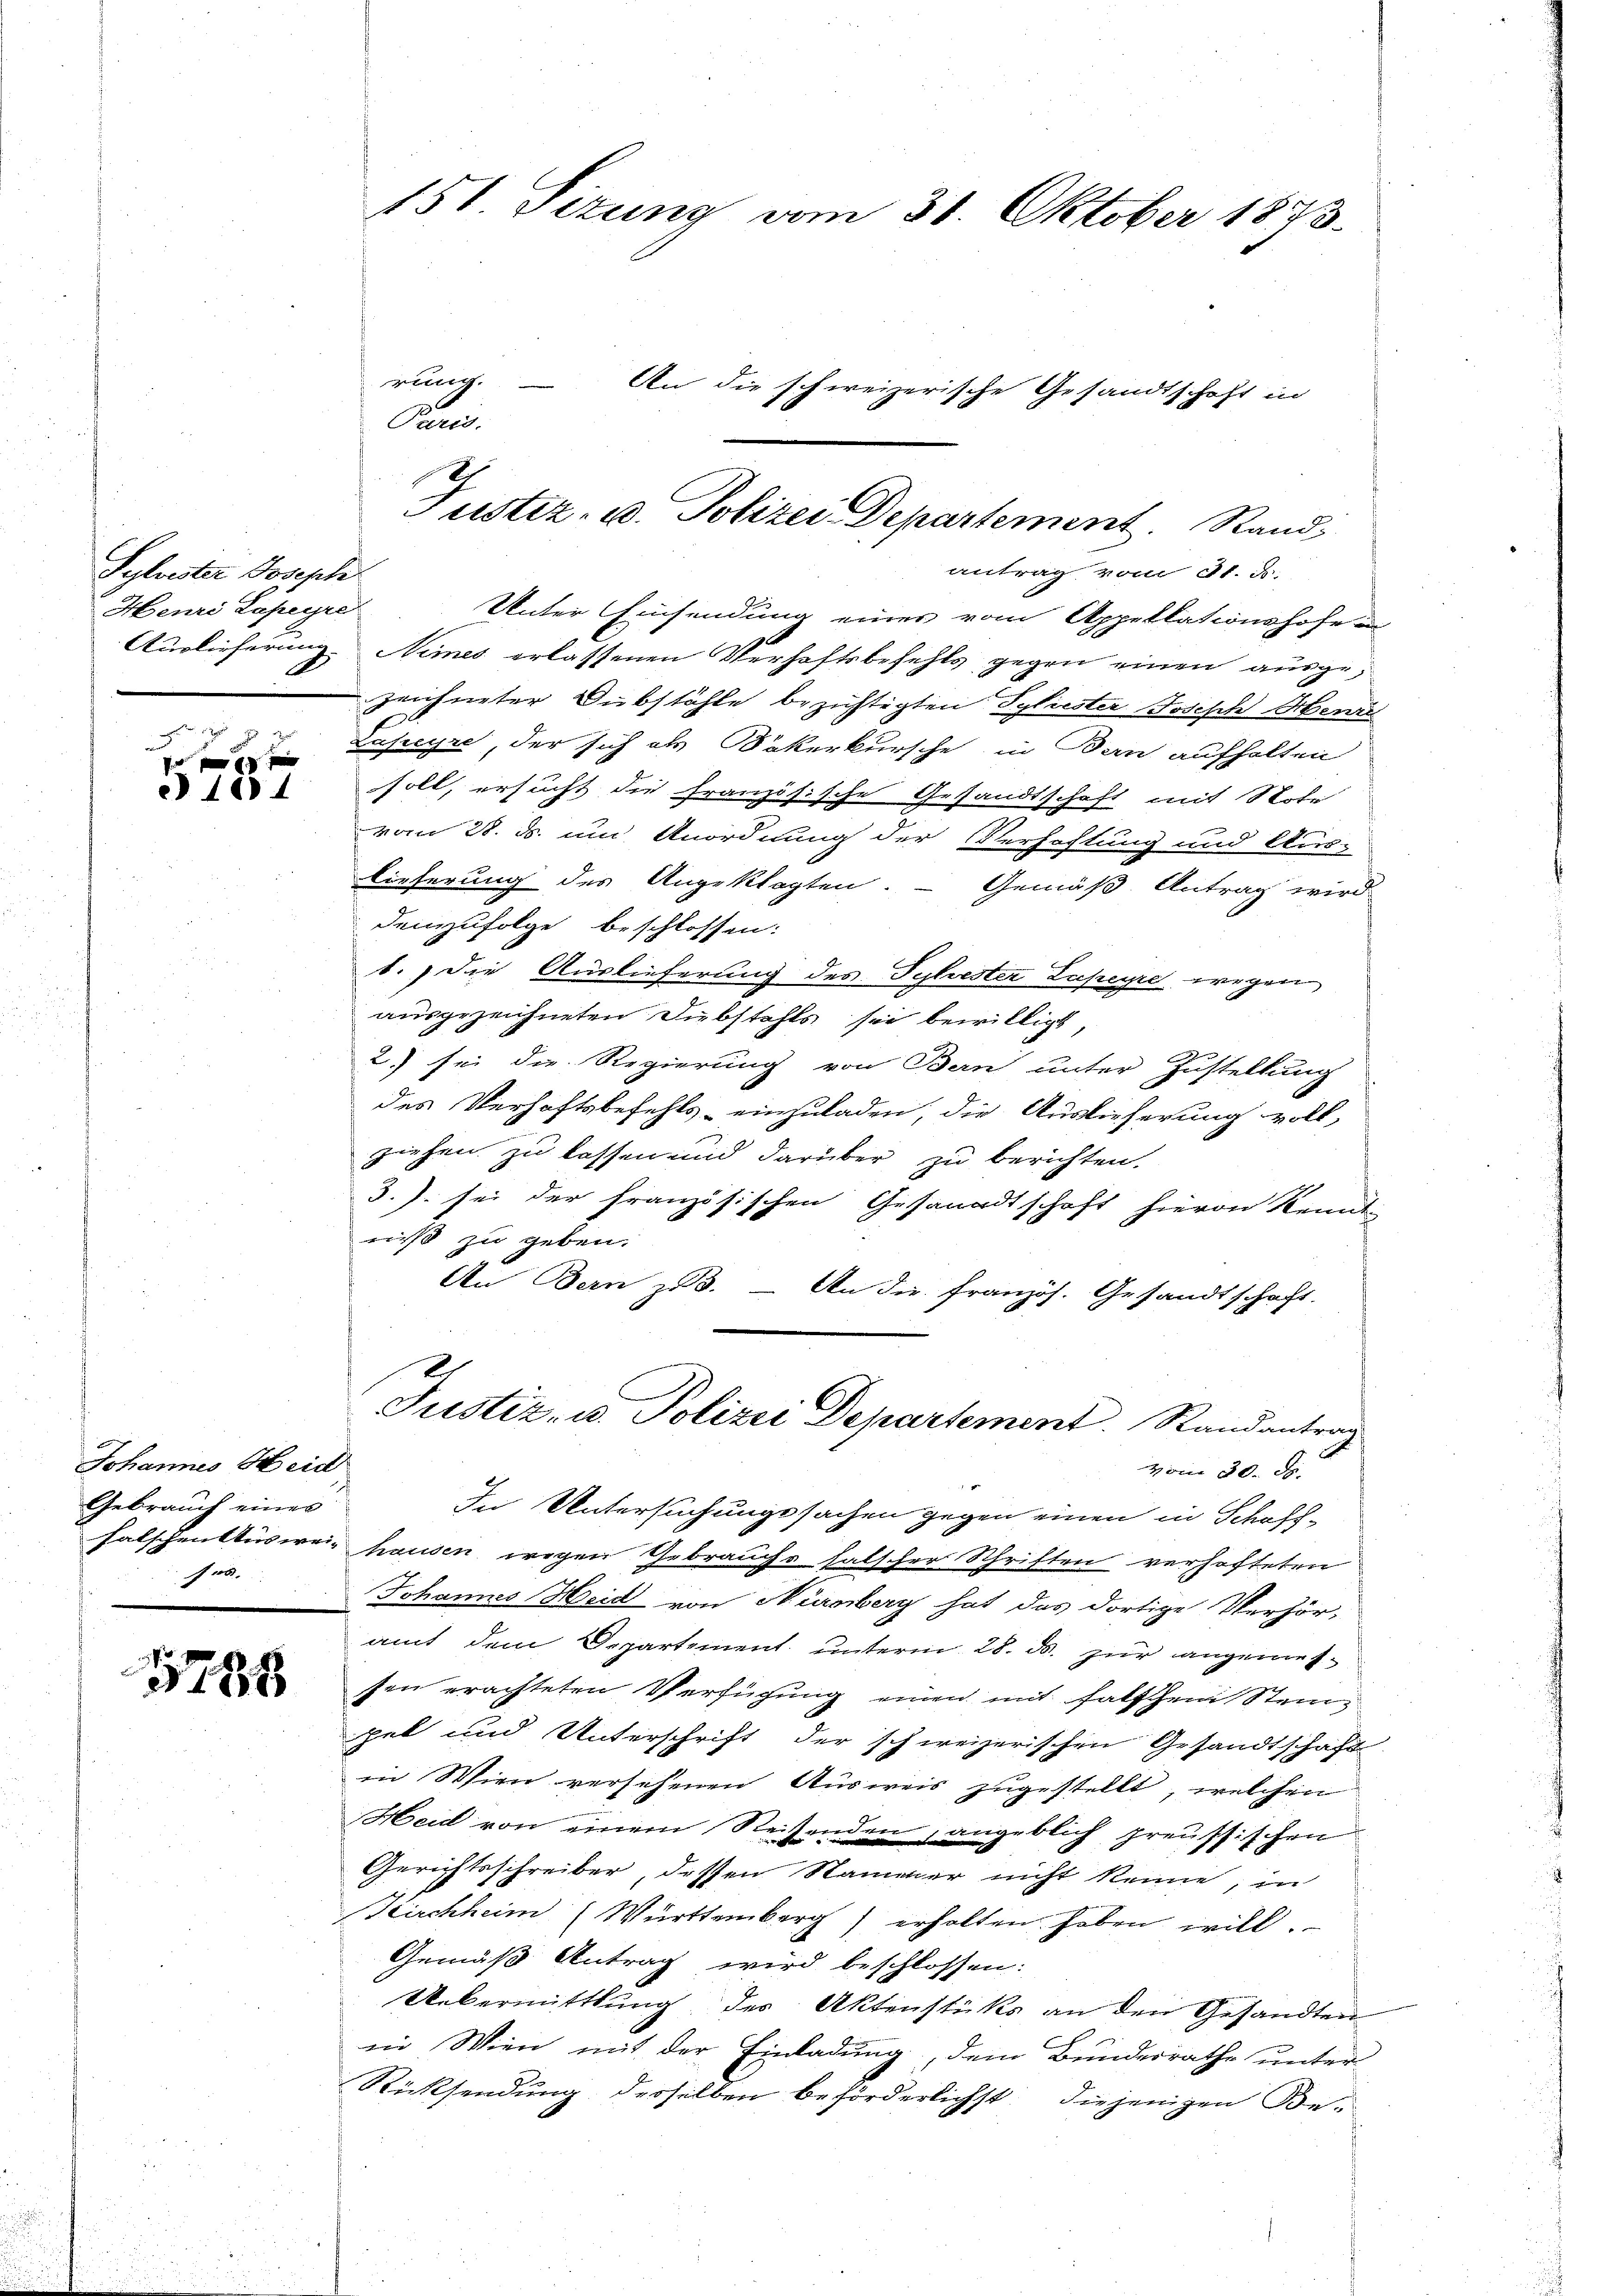
Sylvester Joseph
Henri Lapeyre

ränen
1 f 0 x
§ 1884

Johannes Heid
Gebrauch eines
.

1785

Paris.
antrag vom St. B.
Unter Einsendung einer vom Appellationshofe
Auslieferung Nimes erlassenen Verhaftsbefehls gegen einen ausgezeichneter Substähle bezichtigten Syliester Joseph Henri
Laseyre, der sich als Bäkerkursche in Den aufhalten
soll, ersucht die französische Gesandtschaft mit Note
vom 28. ds. um Anordnung der Verhaftung und Aus-
lieferung des Angeklagten. - Gemäß Antrag wird
Demzufolge beschlossen:
b.) die Auslieferung des Sylvester Zuseyre, wegen
ausgezeichneten Diebstahls sie bewilligt,
2) sei die Regierung von Bern unter Zustellung
des Verhaftsbefehls einzuladen, die Auslieferung voll-
ziehen zu lassen und darüber zu berichten.
3.J. sei der französischen Gesandtschaft hievon Kennt-
niß zu geben.
An Bern zu 3. — An die französ. Gesandtschaft.
Justiz, u. Polizei Departement. Randantrag
vom 30. d.
In Untersuchungssachen gegen einen in Schöff¬
Falschenktusweis hausen wegen Gebrauchs falscher Schriften verhafteten
Johannes Heid von Nürnberg hat das dortige Verhör-
amt dem Departement unterm 28. ds. zur angenossen erachteten Verfügung einen mit falschen Steinpel und Unterschrift der schweizerischen Gesandtschaft
in Wien versehenen Ausweis zugestellt, welchen
Heid von einem Reisenden, angeblich preussischen
Gerichtsschreiber, dessen Stammer nicht kenne, in
Kirchheim Württemberg) erholten haben will.
Gemäß Antrag wird beschlossen:
Uebermittlung der Aktenstüks an den Gesandten
in Wien mit der Einladung, dem Bundesrathe unter
Rücksendung desselben beförderlichst diejenigen Be-

151 Sizung vom 31. Oktober 1873.

rung. – An die schweizerische Gesandtschaft in

Justiz- u. Polizei Departement. Rand,